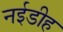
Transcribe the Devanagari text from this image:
नईडीह